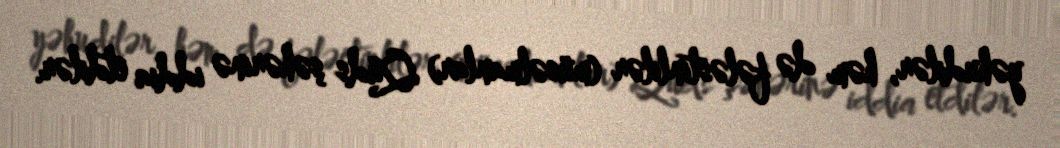
yəhudilər, həm də fələstinlilər (müsəlmanlar) Qüds şəhərinə iddia etdilər.